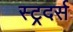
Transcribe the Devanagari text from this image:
स्ट्रदर्स